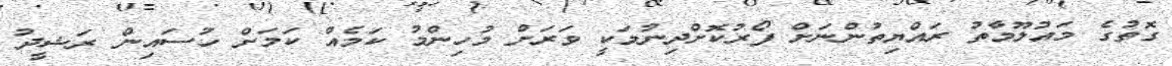
ގޮތުގެ މައުލޫމާތު ރައްޔިތުންނަށް ފޯރުކޮށްދިނުމަކީ ވަރަށް މުހިންމު ކަމެއް ކަމަށް ހުސައިން ރަޝީދު